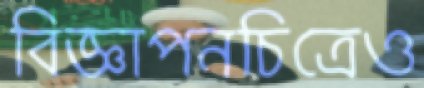
বিজ্ঞাপনচিত্রেও